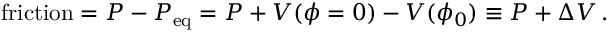
\mathrm { f r i c t i o n } = P - P _ { \mathrm { e q } } = P + V ( \phi = 0 ) - V ( \phi _ { 0 } ) \equiv P + \Delta V \, .